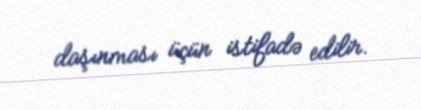
daşınması üçün istifadə edilir.